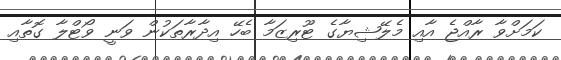
ކަމަށްވާ ރާއްޖެ އާއި މެލޭޝިޔާގެ ޓޫރިޒަމާ ބެހޭ އިދާރާތަކުން ވަނީ ވޯޓްލާ ގޮތާއި